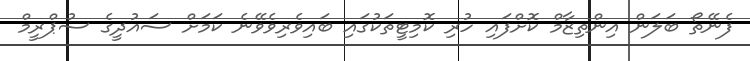
ފެނޭތޯ ބަލަން އިންތިޒާމް ކޮށްފައި ހުރި ކޮމިޓީތަކުގައި ބައިވެރިވެވޭނެ ކަމަށް ސައުދީގެ ސުޕްރީމް